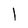
Character: 1